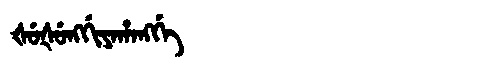
Manchu: ᡧᡠᡧᡠᠩᡤᡳᠶᠠᡥᠠᠩᡤᡝ
Romanization: ŠUŠUNGGIYAHANGGE